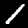
Label: 1